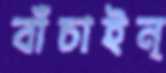
বাঁচাইন্